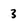
Character: 3